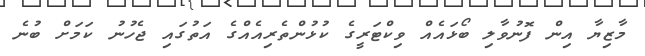
މާޒިޔާ އިން ފޮނުވާލި ބޯޅައެއް ވިކްޓަރީގެ ކުޅުންތެރިއެއްގެ އަތުގައި ޖެހުނު ކަމަށް ބުނެ